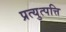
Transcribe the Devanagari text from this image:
प्रत्युत्पत्ति